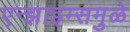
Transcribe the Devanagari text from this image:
एन्झाइम्समुळे